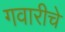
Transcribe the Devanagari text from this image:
गवारीचे